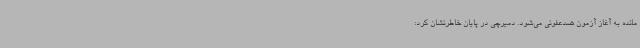
مانده به آغاز آزمون ضدعفونی می‌شود. دمیرچی در پایان خاطرنشان کرد: